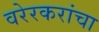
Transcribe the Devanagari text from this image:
वरेरकरांचा